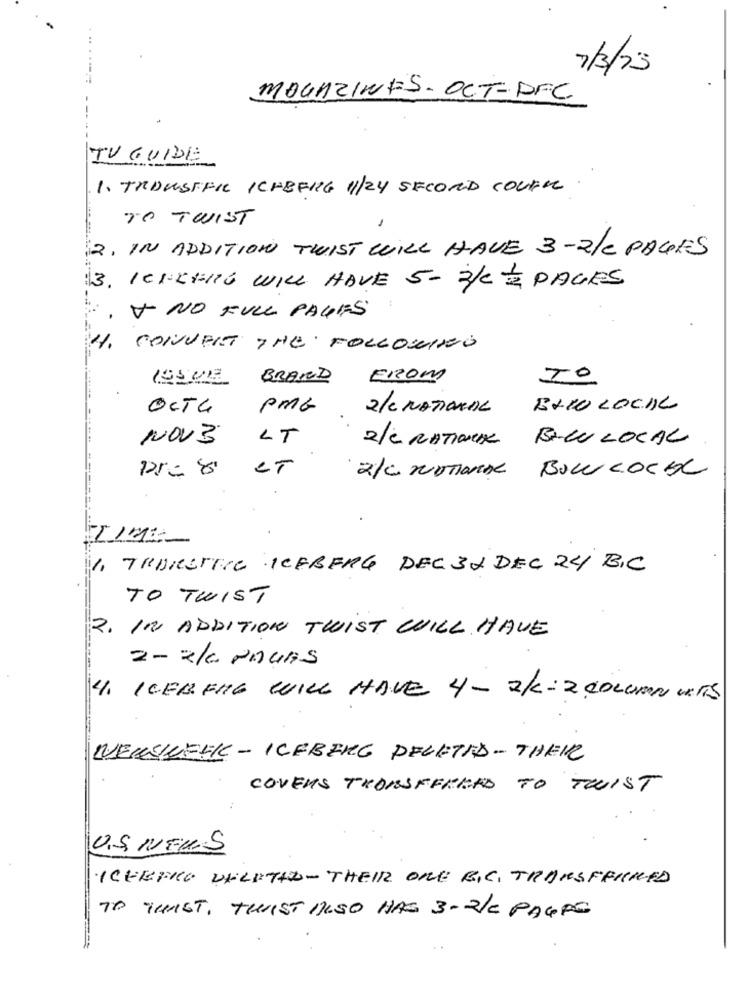
7/3/23
MOUNZINES- OCT-DEC
TU GUIDE
1. TRANSFFIL ICHBERG 1/24 SECOND COUPLE
TO TWIST
12. IN ADDITION TWIST WILL HAVE 3-2/2 PAGES
13. ICHCHIG WILL HAVE 5- 2/C + PAGES
. + NO FULL PAGES
4. CONVERT THE FOLLOWING
BRAND
EROM
OCT4
PMG
2/C NATIONAL
BRIO LOCAL
NOV 3
LT
2/C RATIONAL BALU LOCAL
pre 8
IT
2/C NOTIONAL BOLL LOCAL
1. TRUMETTIC ICEBERG DEC 32 DEC 24 B.C
TO TWIST
2. IN ADDITION TWIST WILL HAVE
2- 2/C PAGAS
4. ICEBERG WILL HAVE 4 - 21:2 COLUMN URS
NEWSWEEK - ICEBERG DELETED- THEIR
COVERS TRONSFFERED TO TWIST
U.S. NEWS
ICERTO VILETAL-THEIR ONE BIC, TRANSFERRED
TO THIST, TWIST ALSO HAS 3- 2/ PAGES